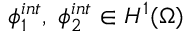
\phi _ { 1 } ^ { i n t } , \; \phi _ { 2 } ^ { i n t } \in H ^ { 1 } ( \Omega )